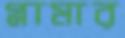
গ্লামার